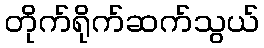
တိုက်ရိုက်ဆက်သွယ်